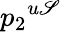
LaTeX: {p_{2}}^{u\mathscr{S}}